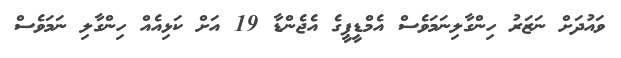
ވައުދަށް ނަޒަރު ހިންގާލިނަމަވެސް އެމްޑީޕީގެ އެޖެންޑާ 19 އަށް ކަޅިއެއް ހިންގާލި ނަމަވެސް